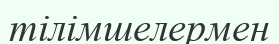
тілімшелермен